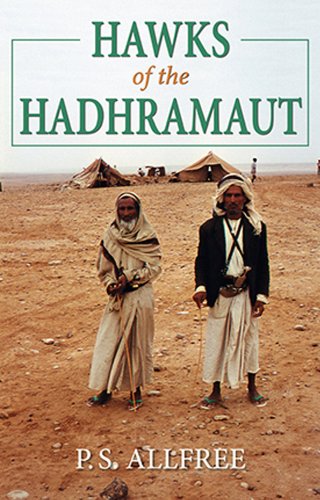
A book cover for Hawks of the Hadhramaut; P. S. Allfree; Travel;